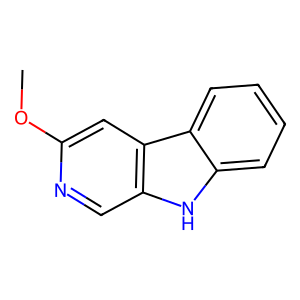
SMILES: COc1cc2c(cn1)[nH]c1ccccc12
Inhibits HIV replication: No